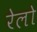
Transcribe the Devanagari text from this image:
रेलो